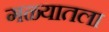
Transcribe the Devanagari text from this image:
गळ्यातला